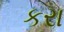
કરા